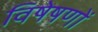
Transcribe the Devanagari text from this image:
विषेषणों